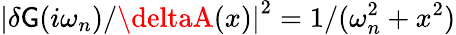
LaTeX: \left|{\delta\mathsf{G}(i\omega_{n})}/{\deltaA(x)}\right|^{2}={1}/(\omega_{n}^{2}+x^{2})